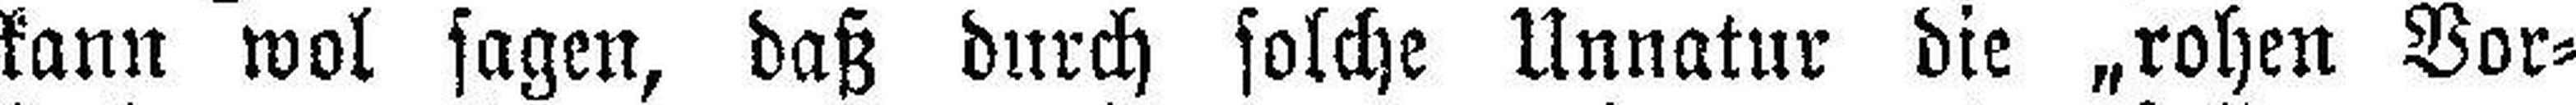
kann wol sagen, daß durch solche Unnatur die „rohen Vor¬